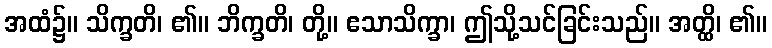
အထံ၌။ သိက္ခတိ၊ ၏။ ဘိက္ခတိ၊ တို့။ ဧသာသိက္ခာ၊ ဤသို့သင်ခြင်းသည်။ အတ္ထိ၊ ၏။